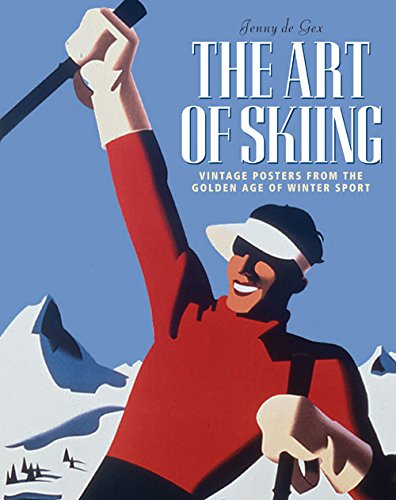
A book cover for The Art of Skiing: Vintage Posters from the Golden Age of Winter Sport; Jenny de Gex; Crafts, Hobbies & Home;